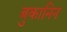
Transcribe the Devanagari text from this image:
बुकानिन